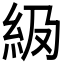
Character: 𬗅